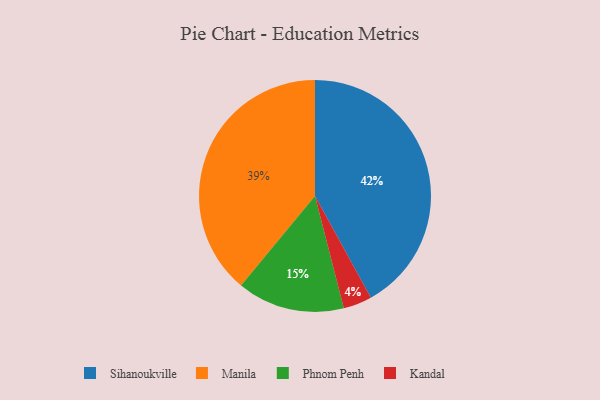
{"axis": {"x": "Category", "y": "Percentage"}, "legend": ["Kandal", "Manila", "Phnom Penh", "Sihanoukville"], "data": [{"x": "Phnom Penh", "y": 15, "type": "Phnom Penh"}, {"x": "Manila", "y": 39, "type": "Manila"}, {"x": "Sihanoukville", "y": 42, "type": "Sihanoukville"}, {"x": "Kandal", "y": 4, "type": "Kandal"}]}